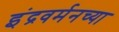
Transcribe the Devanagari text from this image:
इंद्रवर्मनच्या